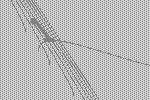
1